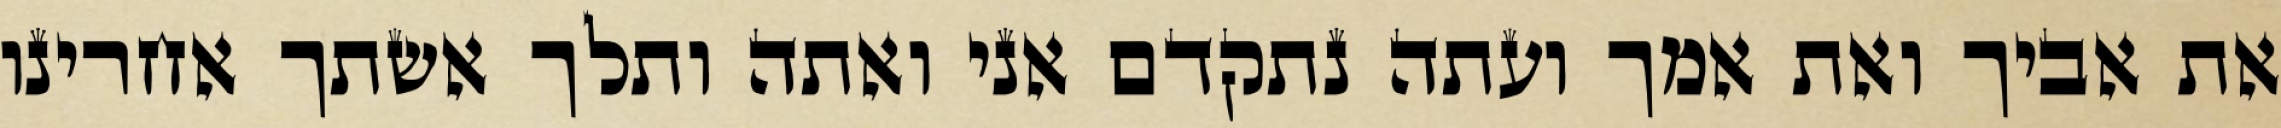
את אביך ואת אמך ועתה נתקדם אני ואתה ותלך אשתך אחרינו